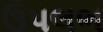
ઉપલભ